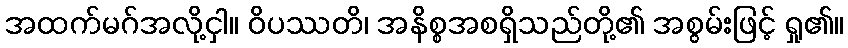
အထက်မဂ်အလို့ငှါ။ ဝိပဿတိ၊ အနိစ္စအစရှိသည်တို့၏ အစွမ်းဖြင့် ရှု၏။